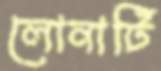
লোনাটি